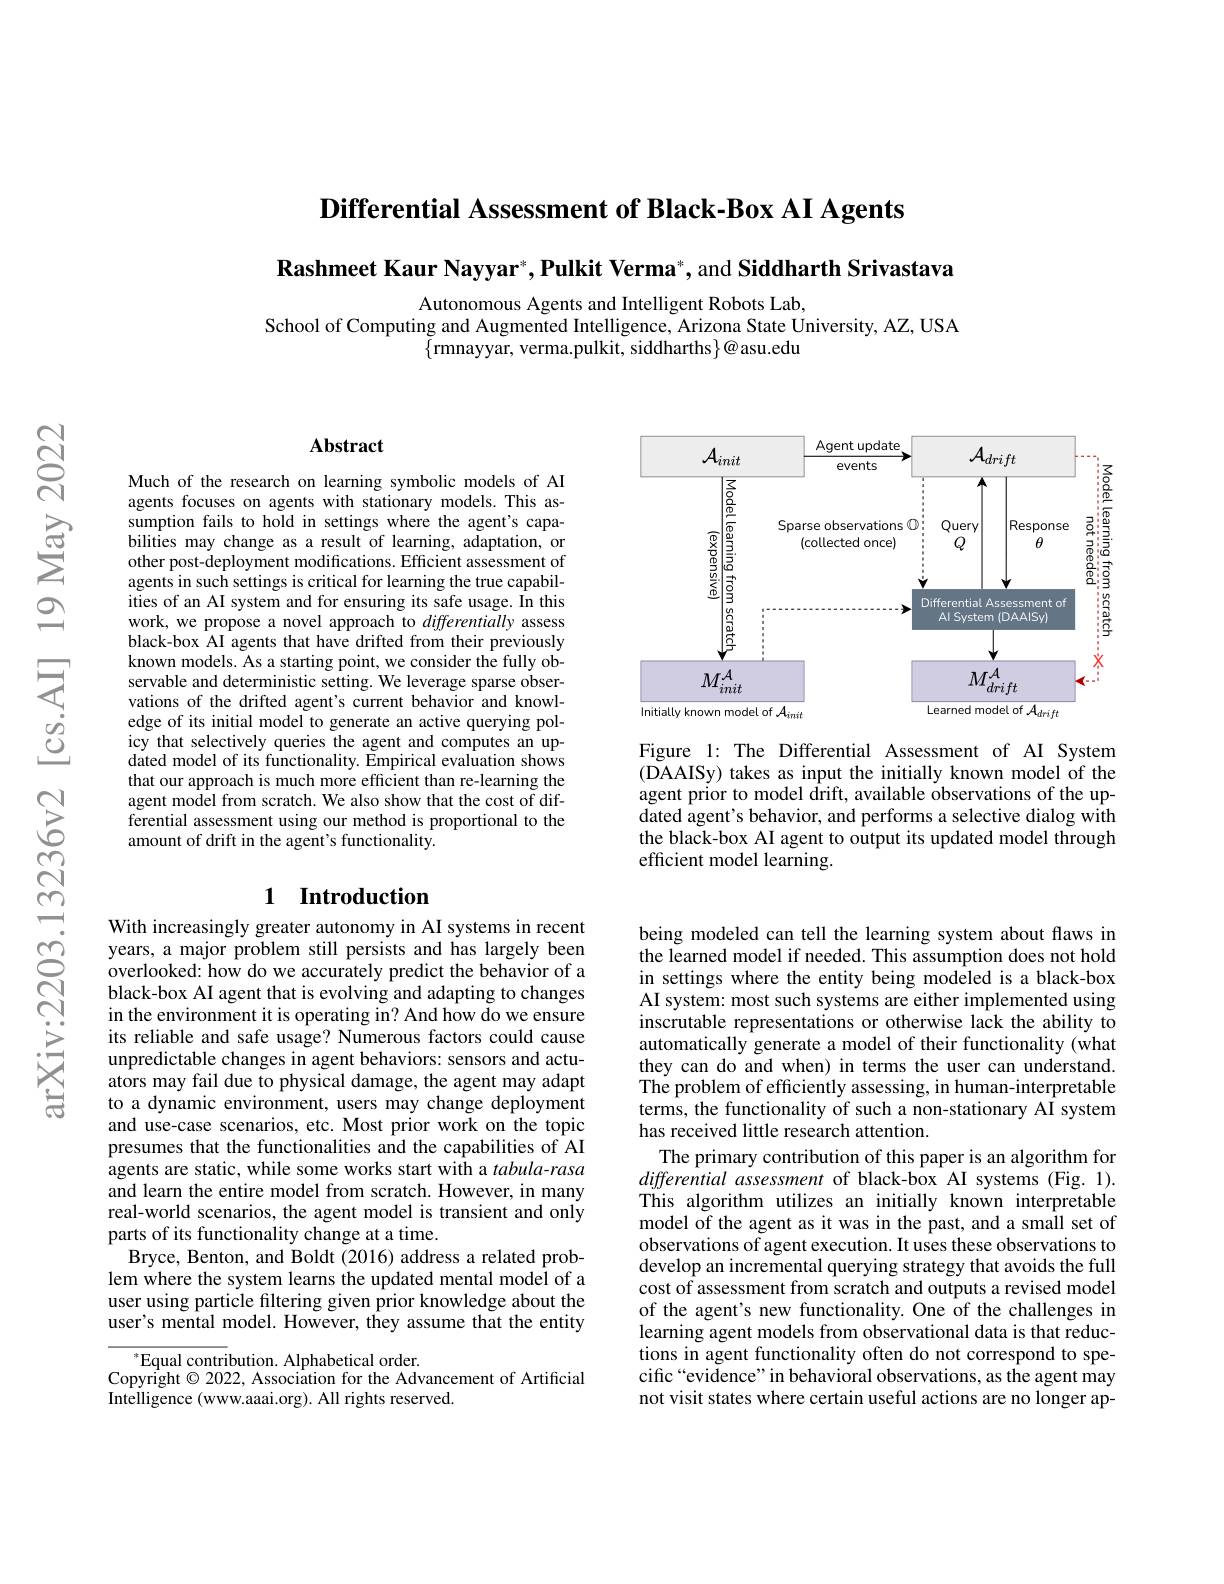
Differential Assessment of Black-Box AI Agents

$\textbf{Rashmeet Kaur Nayyar}^*,\textbf{Pulkit Verma}^*$,and Siddharth Srivastava

Autonomous Agents and Intelligent Robots Lab,
School of Computing and Augmented Intelligence, Arizona State University, AZ, USA
$\{$rmnayyar, verma.pulkit, siddharths$\}@$asu.edu

### $\mathbf{Abstract}$

Much of the research on learning symbolic models of AI agents focuses on agents with stationary models. This assumption fails to hold in settings where the agent's capabilities may change as a result of learning, adaptation, or other post-deployment modifications. Efficient assessment of agents in such settings is critical for learning the true capabilities of an AI system and for ensuring its safe usage. In this work, we propose a novel approach to differentially assess black-box AI agents that have drifted from their previously known models. As a starting point, we consider the fully observable and deterministic setting. We leverage sparse observations of the drifted agent's current behavior and knowledge of its initial model to generate an active querying policy that selectively queries the agent and computes an updated model of its functionality. Empirical evaluation shows that our approach is much more efficient than re-learning the agent model from scratch. We also show that the cost of differential assessment using our method is proportional to the amount of drift in the agent's functionality.

## 1 Introduction

With increasingly greater autonomy in AI systems in recent years, a major problem still persists and has largely been overlooked: how do we accurately predict the behavior of a black-box AI agent that is evolving and adapting to changes in the environment it is operating in? And how do we ensure its reliable and safe usage? Numerous factors could cause unpredictable changes in agent behaviors: sensors and actuators may fail due to physical damage, the agent may adapt to a dynamic environment, users may change deployment and use-case scenarios, etc. Most prior work on the topic presumes that the functionalities and the capabilities of AI agents are static, while some works start with a tabula-rasa and learn the entire model from scratch. However, in many real-world scenarios, the agent model is transient and only parts of its functionality change at a time.
Bryce, Benton, and Boldt (2016) address a related problem where the system learns the updated mental model of a user using particle filtering given prior knowledge about the user's mental model. However, they assume that the entity

$^*$Equal contribution. Alphabetical order.
Copyright $\odot 2022$,Association for the Advancement of Artificial
Intelligence (www.aaai.org). All rights reserved.

<FigureHere>

Figure 1: The Differential Assessment of AI System (DAAISy) takes as input the initially known model of the agent prior to model drift, available observations of the updated agent's behavior, and performs a selective dialog with the black-box AI agent to output its updated model through efficient model learning.

being modeled can tell the learning system about flaws in the learned model if needed. This assumption does not hold in settings where the entity being modeled is a black-box AI system: most such systems are either implemented using inscrutable representations or otherwise lack the ability to automatically generate a model of their functionality (what they can do and when) in terms the user can understand. The problem of efficiently assessing, in human-interpretable terms, the functionality of such a non-stationary AI system has received little research attention.
The primary contribution of this paper is an algorithm for differential assessment of black-box AI systems (Fig. 1). This algorithm utilizes an initially known interpretable model of the agent as it was in the past, and a small set of observations of agent execution. It uses these observations to develop an incremental querying strategy that avoids the full cost of assessment from scratch and outputs a revised model of the agent's new functionality. One of the challenges in learning agent models from observational data is that reductions in agent functionality often do not correspond to specific “evidence”in behavioral observations, as the agent may not visit states where certain useful actions are no longer ap-